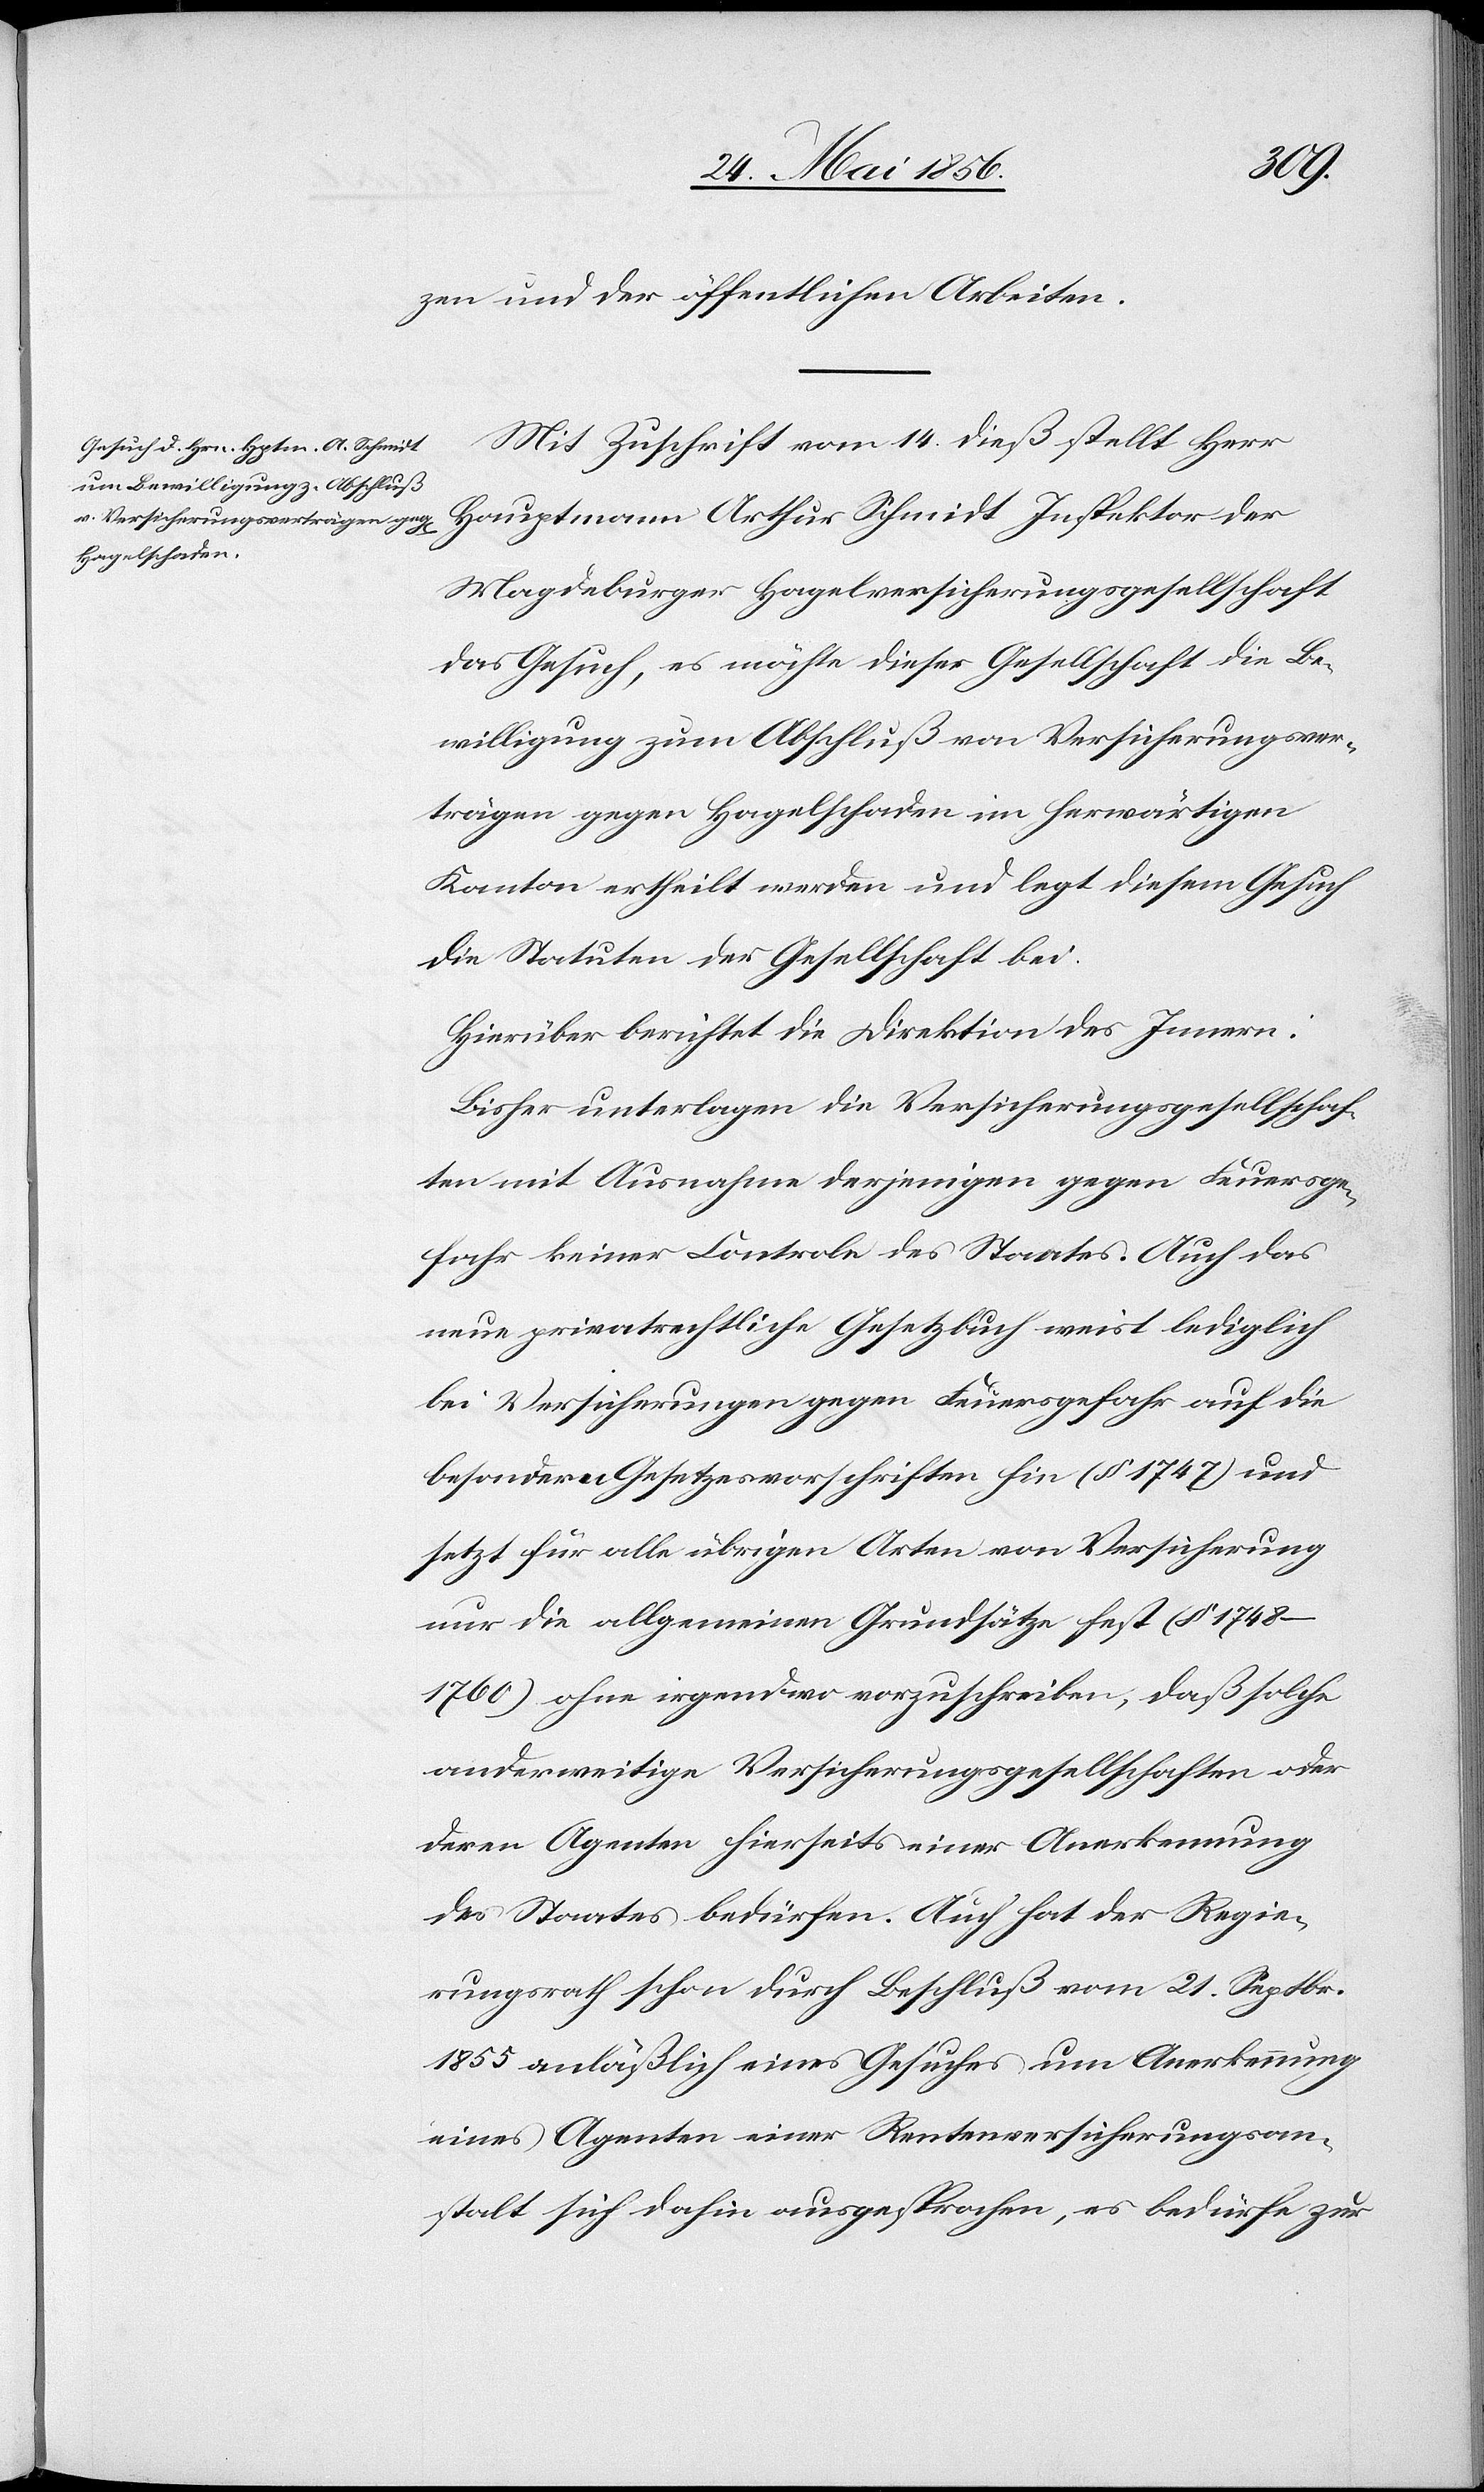
zen und der öffentlichen Arbeiten.
Mit Zuschrift vom 14. dieß stellt Herr
Hauptmann Arthur Schmidt Inspektor der
Magdeburger Hagelversicherungsgesellschaft
das Gesuch, es möchte dieser Gesellschaft die Be¬
willigung zum Abschluß von Versicherungsver¬
trägen gegen Hagelschaden im herwärtigen
Kanton ertheilt werden und legt diesem Gesuch
die Statuten der Gesellschaft bei:
Hierüber berichtet die Direktion des Innern:
Bisher unterlagen die Versicherungsgesellschaf¬
ten mit Ausnahme derjenigen gegen Feuersge¬
fahr keiner Controle des Staates. Auch das
neue privatrechtliche Gesetzbuch weist lediglich
bei Versicherungen gegen Feuersgefahr auf die
besondern Gesetzesvorschriften hin (§ 1747) und
setzt für alle übrigen Arten von Versicherung
nur die allgemeinen Grundsätze fest (§
1748–1760) ohne irgendwo vorzuschreiben, daß solche
anderweitige Versicherungsgesellschaften oder
deren Agenten hierseits einer Anerkennung
des Staates bedürfen. Auch hat der Regie¬
rungsrath schon durch Beschluß vom 21. Septbr.
1855 anläßlich eines Gesuches um Anerkennung
eines Agenten einer Rentenversicherungsan¬
stalt sich dahin ausgesprochen, es bedürfe zur